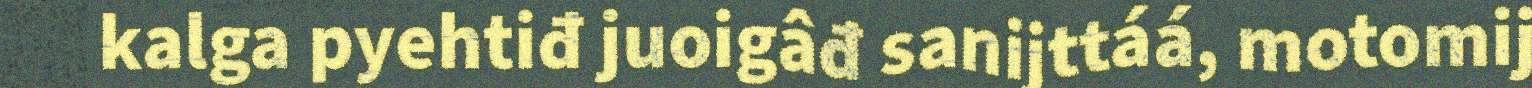
kalga pyehtiđ juoigâđ sanijttáá, motomij